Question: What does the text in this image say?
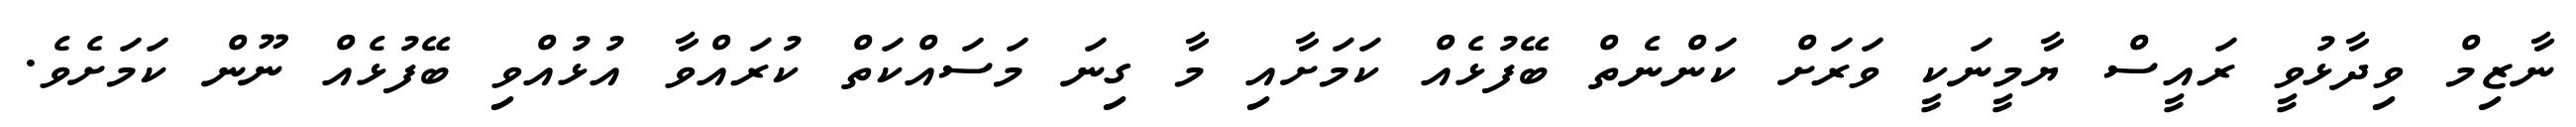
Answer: ނާޒިމް ވިދާޅުވީ ރައީސް ޔާމީނަކީ ވަރަށް ކަންނެތް ބޭފުޅެއް ކަމަށާއި މާ ގިނަ މަސައްކަތް ކުރައްވާ އުޅުއްވި ބޭފުޅެއް ނޫން ކަމަށެވެ.